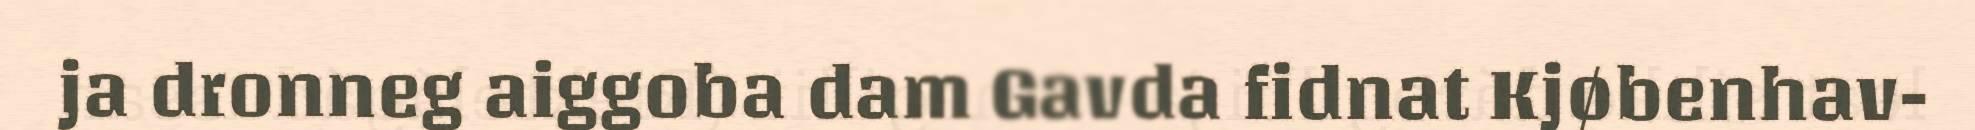
ja dronneg aiggoba dam Gavda fidnat Kjøbenhav-